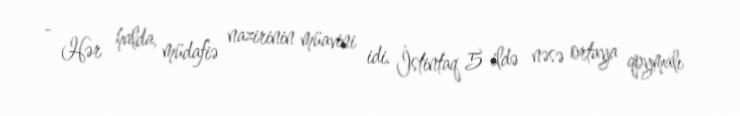
- Hər halda, müdafiə nazirinin müavini idi. İstintaq 5 ildə nəsə ortaya qoymalı